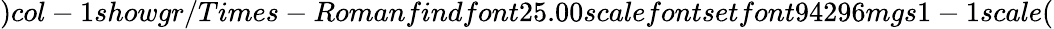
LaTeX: )col-1showgr/Times-Romanfindfont25.00scalefontsetfont94296mgs1-1scale(